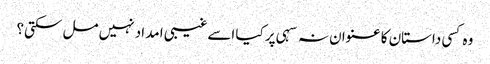
وہ کسی داستان کا عنوان نہ سہی پر کیا اسے غیبی امد اد نہیں مل سکتی؟